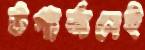
উপার্জনেই